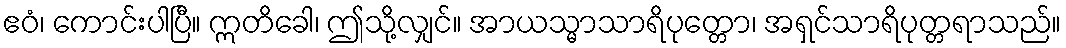
ဧဝံ၊ ကောင်းပါပြီ။ ဣတိခေါ၊ ဤသို့လျှင်။ အာယသ္မာသာရိပုတ္တော၊ အရှင်သာရိပုတ္တရာသည်။